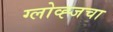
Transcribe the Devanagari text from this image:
ग्लोव्ह्जचा